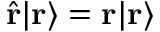
{ \hat { \mathbf { r } } } | \mathbf { r } \rangle = \mathbf { r } | \mathbf { r } \rangle